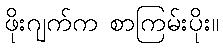
ဖိုးဂျက်က စာကြမ်းပိုး။